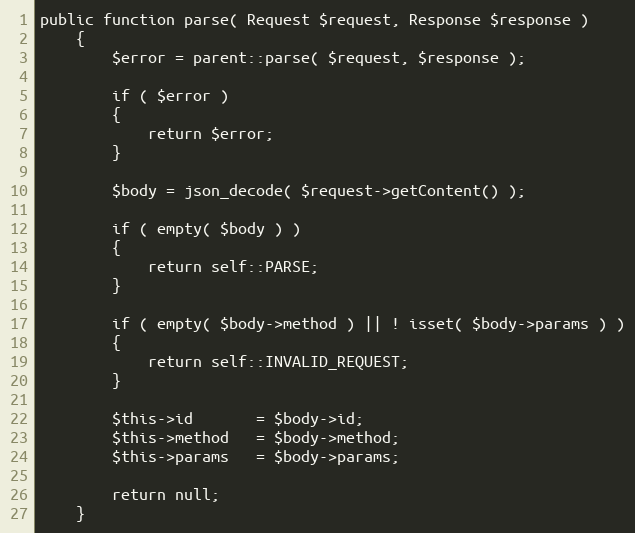
Language: PHP
public function parse( Request $request, Response $response )
    {
        $error = parent::parse( $request, $response );

        if ( $error )
        {
            return $error;
        }

        $body = json_decode( $request->getContent() );

        if ( empty( $body ) )
        {
            return self::PARSE;
        }

        if ( empty( $body->method ) || ! isset( $body->params ) )
        {
            return self::INVALID_REQUEST;
        }

        $this->id       = $body->id;
        $this->method   = $body->method;
        $this->params   = $body->params;

        return null;
    }